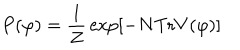
P ( \varphi ) = { \frac { 1 } { Z } } \exp [ - N \mathrm { T r } V ( \varphi ) ]